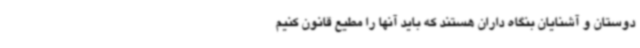
دوستان و آشنایان بنگاه داران هستند که باید آنها را مطیع قانون کنیم